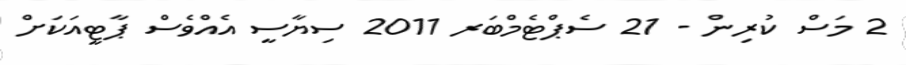
2 މަސް ކުރިން - 21 ސެޕްޓެމްބަރ 2011 ސިޔާސީ އެއްވެސް ޕާޓީއަކަށް